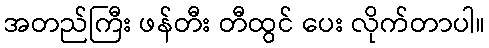
အတည်ကြီး ဖန်တီး တီထွင် ပေး လိုက်တာပါ။